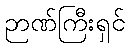
ဉာဏ်ကြီးရှင်